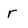
Character: r